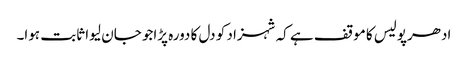
ادھرپولیس کا موقف ہے کہ شہزاد کو دل کا دورہ پڑاجو جان لیوا ثابت ہوا۔